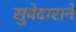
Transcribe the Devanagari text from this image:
सुबेदाराने